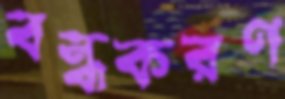
বন্ধকরণ